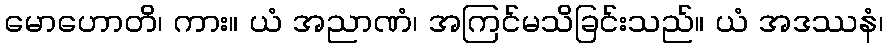
မောဟောတိ၊ ကား။ ယံ အညာဏံ၊ အကြင်မသိခြင်းသည်။ ယံ အဒဿနံ၊